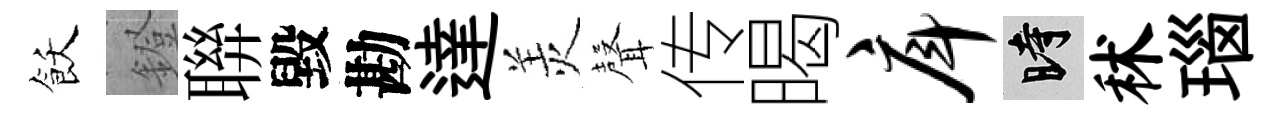
飫鐙聨毀勘達羙𮋻传暍戽时秫瑙